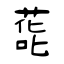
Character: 蒊